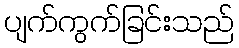
ပျက်ကွက်ခြင်းသည်